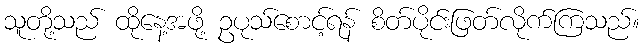
သူတို့သည် ထိုနေ့အဖို့ ဥပုသ်စောင့်ရန် စိတ်ပိုင်းဖြတ်လိုက်ကြသည်။